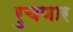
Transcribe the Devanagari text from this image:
रुचणार